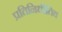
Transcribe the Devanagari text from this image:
प्रतिनिधीतिव